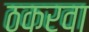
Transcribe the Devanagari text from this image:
ठकरवा